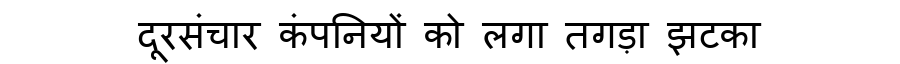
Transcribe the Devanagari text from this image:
दूरसंचार कंपनियों को लगा तगड़ा झटका